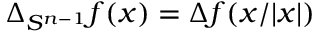
\Delta _ { S ^ { n - 1 } } f ( x ) = \Delta f ( x / | x | )